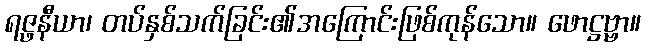
ရဇ္ဖနီယာ၊ တပ်နှစ်သက်ခြင်း၏အကြောင်းဖြစ်ကုန်သော။ ဖောဋ္ဌဗ္ဗာ။